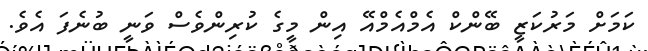
ކަމަށް މަރުކަޒީ ބޭންކް އެމްއެމްއޭ އިން މީގެ ކުރިންވެސް ވަނީ ބުނެފަ އެވެ.